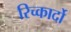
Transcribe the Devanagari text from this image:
रिच्कार्दो